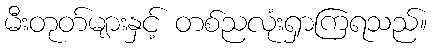
မီးတုတ်များနှင့် တစ်ညလုံးရှာကြရသည်။